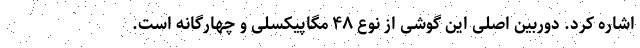
اشاره کرد. دوربین اصلی این گوشی از نوع ۴۸ مگاپیکسلی و چهارگانه است.